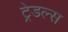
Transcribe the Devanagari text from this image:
ट्रेडल्स